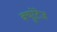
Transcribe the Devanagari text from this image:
क्यूरेटेज